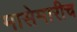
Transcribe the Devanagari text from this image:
मासेमारीच